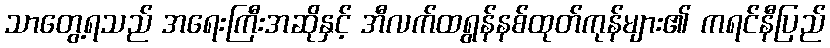
သာတွေ့ရသည် အရေးကြီးအဆိုနှင့် အီလက်ထရွန်နစ်ထုတ်ကုန်များ၏ ကရင်နီပြည်